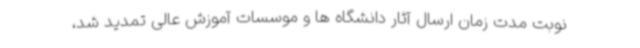
نوبت مدت زمان ارسال آثار دانشگاه ها و موسسات آموزش عالی تمدید شد،